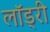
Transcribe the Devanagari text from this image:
लाॅड्री